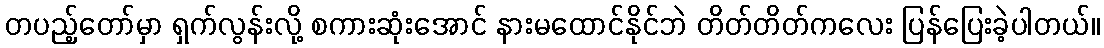
တပည့်တော်မှာ ရှက်လွန်းလို့ စကားဆုံးအောင် နားမထောင်နိုင်ဘဲ တိတ်တိတ်ကလေး ပြန်ပြေးခဲ့ပါတယ်။